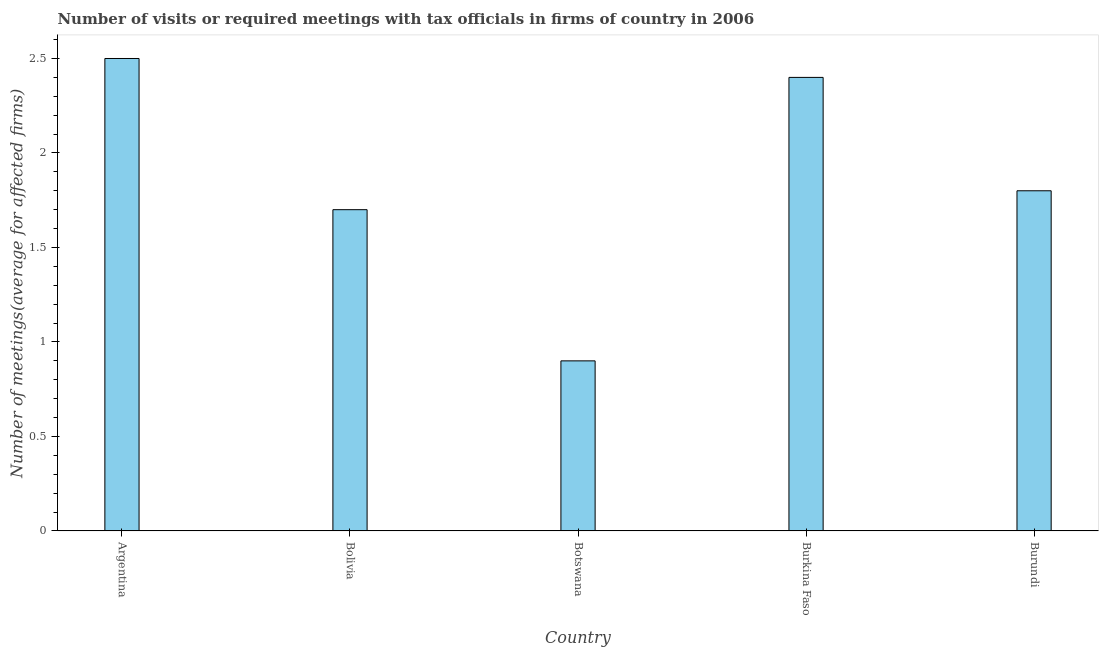
| Country | Meetings with tax officials |
 | --- | --- |
 | Argentina | 2.5 |
 | Bolivia | 1.7 |
 | Botswana | 0.9 |
 | Burkina Faso | 2.4 |
 | Burundi | 1.8 |